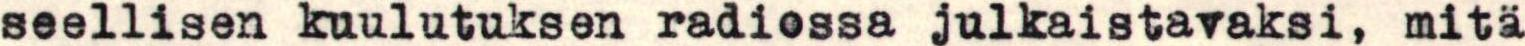
seellisen kuulutuksen radiossa julkaistavaksi, mitä